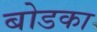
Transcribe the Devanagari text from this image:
बोडका